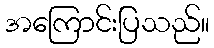
အကြောင်းပြသည်။